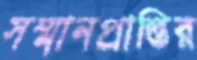
সম্মানপ্রাপ্তির